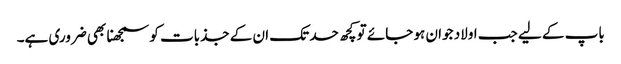
باپ کے لیے جب اولاد جوان ہو جائے تو کچھ حد تک ان کے جذبات کو سمجھنا بھی ضروری ہے۔